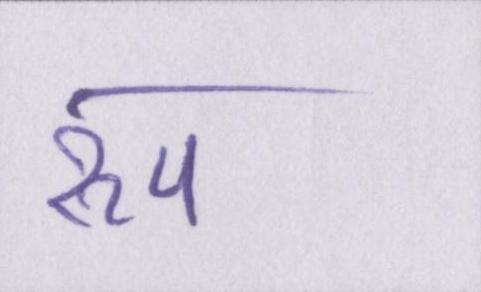
रुप